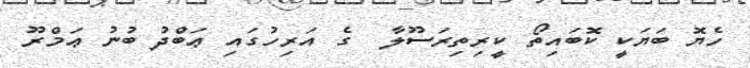
ހެޔޮ ބަޔަކީ ކޮބައިތޯ ކީރިތިރަސޫލާ  ގެ އަރިހުގައި ޢަބްދު ބުނު ޢަމްރޫ